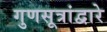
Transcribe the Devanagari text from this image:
गुणसूत्रांद्वारे